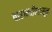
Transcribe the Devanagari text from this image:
बारामतीपासून